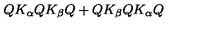
Q K _ { \alpha } Q K _ { \beta } Q + Q K _ { \beta } Q K _ { \alpha } Q